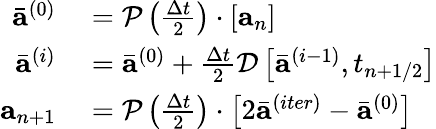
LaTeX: \begin{array}{r}{\begin{array}{rl}{\bar{\mathbf{a}}^{(0)}}&{{}=\mathcal{P}\left(\frac{\Delta t}{2}\right)\cdot\left[\mathbf{a}_{n}\right]}\\ {\bar{\mathbf{a}}^{(i)}}&{{}=\bar{\mathbf{a}}^{(0)}+\frac{\Delta t}{2}\mathcal{D}\left[\bar{\mathbf{a}}^{(i-1)},t_{n+1/2}\right]}\\ {\mathbf{a}_{n+1}}&{{}=\mathcal{P}\left(\frac{\Delta t}{2}\right)\cdot\left[2\bar{\mathbf{a}}^{(iter)}-\bar{\mathbf{a}}^{(0)}\right]}\end{array}}\end{array}